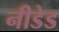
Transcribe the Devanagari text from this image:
नीडेड